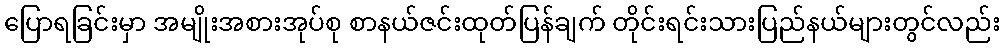
ပြောရခြင်းမှာ အမျိုးအစားအုပ်စု စာနယ်ဇင်းထုတ်ပြန်ချက် တိုင်းရင်းသားပြည်နယ်များတွင်လည်း